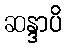
ဆန္ဒာပိ